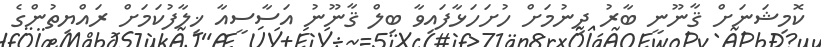
ކޮމިޝަނަށް ޤާނޫނީ ބާރު ދިނުމަށް ހުށަހަޅާފައިވާ ބިލް ޤާނޫނު އަސާސީއާ ޚިލާފުކަމަށް ރައްޔިތުންގެ